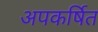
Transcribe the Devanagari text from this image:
अपकर्षित